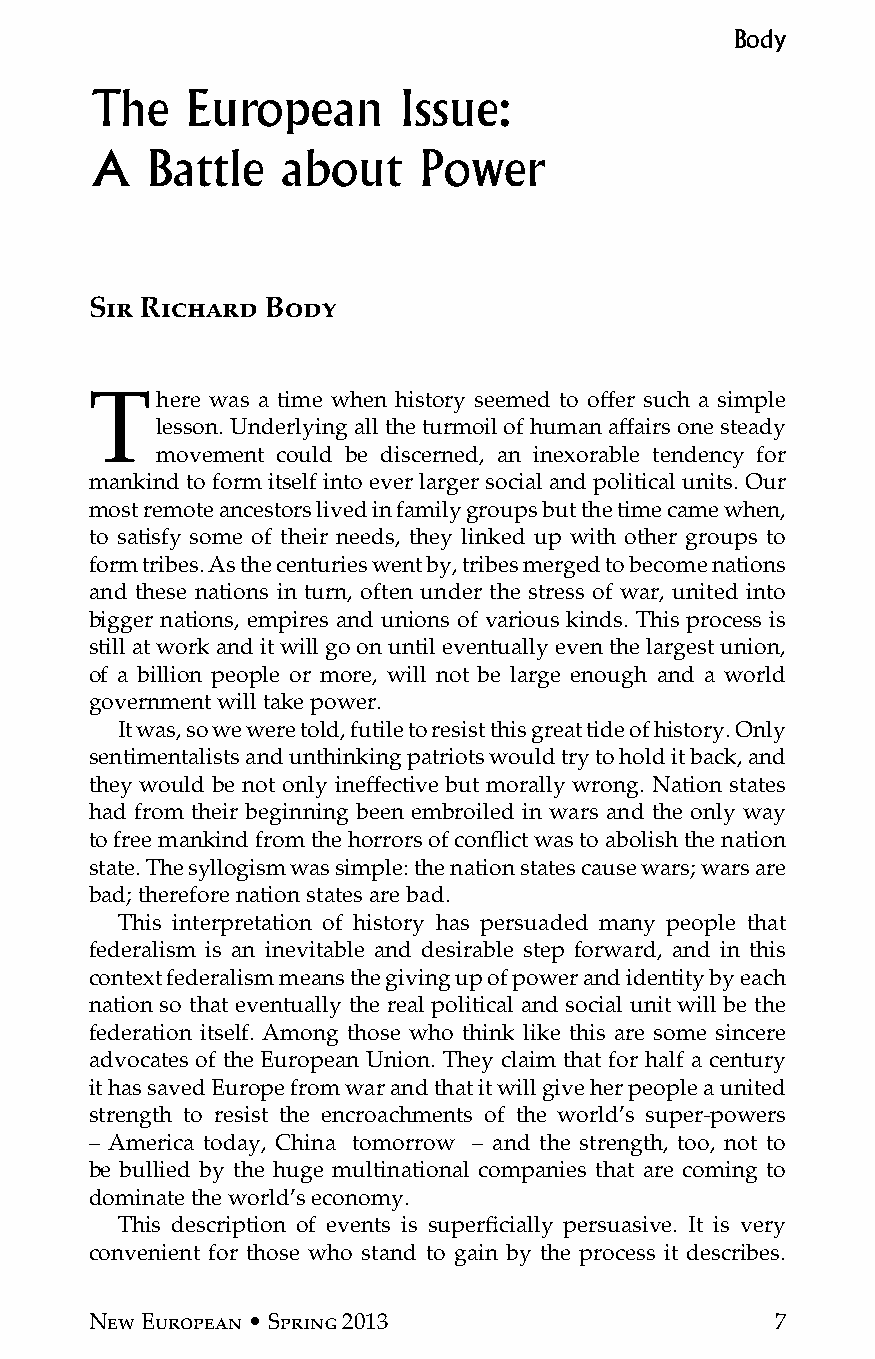
Body
 The   European      Issue:
 A   Battle   about    Power
 Sir Richard Body
 There   was a time when history seemed to offer such a simple
 lesson. Underlying all the turmoil of human affairs one steady
 movement could be discerned, an inexorable tendency for
 mankind to form itself into ever larger social and political units. Our
 most remote ancestors lived in family groups but the time came when,
 to satisfy some of their needs, they linked up with other groups to
 form tribes. As the centuries went by, tribes merged to become nations
 and these nations in turn, often under the stress of war, united into
 bigger nations, empires and unions of various kinds. This process is
 still at work and it will go on until eventually even the largest union,
 of a billion people or more, will not be large enough and a world
 government will take power.
 It was, so we were told, futile to resist this great tide of history. Only
 sentimentalists and unthinking patriots would try to hold it back, and
 they would be not only ineffective but morally wrong. Nation states
 had from their beginning been embroiled in wars and the only way
 to free mankind from the horrors of conflict was to abolish the nation
 state. The syllogism was simple: the nation states cause wars; wars are
 bad; therefore nation states are bad.
 This interpretation of history has persuaded many people that
 federalism is an inevitable and desirable step forward, and in this
 context federalism means the giving up of power and identity by each
 nation so that eventually the real political and social unit will be the
 federation itself. Among those who think like this are some sincere
 advocates of the European Union. They claim that for half a century
 it has saved Europe from war and that it will give her people a united
 strength to resist the encroachments of the world’s super-powers
 – America today, China tomorrow – and the strength, too, not to
 be bullied by the huge multinational companies that are coming to
 dominate the world’s economy.
 This description of events is superficially persuasive. It is very
 convenient for those who stand to gain by the process it describes.
 New European • Spring 2013                   7